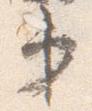
第